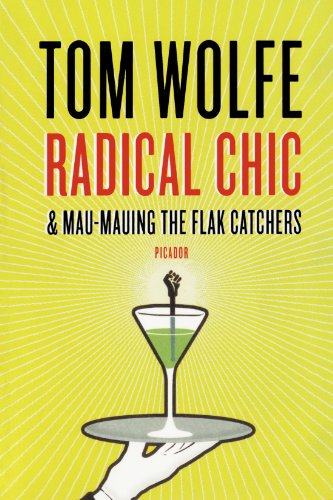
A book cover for Radical Chic & Mau-Mauing the Flak Catchers; Tom Wolfe; Politics & Social Sciences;